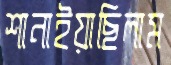
শানাইয়াছিলাম